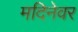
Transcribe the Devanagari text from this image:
मदिनेवर